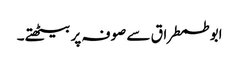
ابو طمطراق سے صوفہ پر بیٹھتے۔